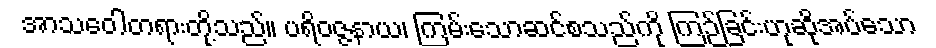
အာသဝေါတရားတို့သည်။ ပရိဝဇ္ဇနာယ၊ ကြမ်းသောဆင်စသည်ကို ကြဉ်ခြင်းဟုဆိုအပ်သော